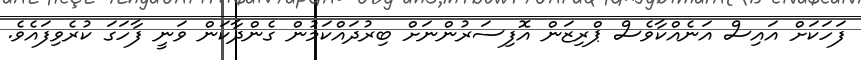
ފަހަކަށް އައިސް އަނެއްކާވެސް ޕްރިޒަން އޮފިސަރުންނަށް ބިރުދައްކަމުން ގެންދާކަން ވަނީ ފާހަގަ ކުރެވިފައެެވެ.